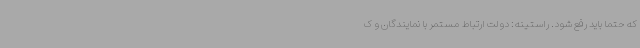
که حتما باید رفع شود. راستینه: دولت ارتباط مستمر با نمایندگان و ک